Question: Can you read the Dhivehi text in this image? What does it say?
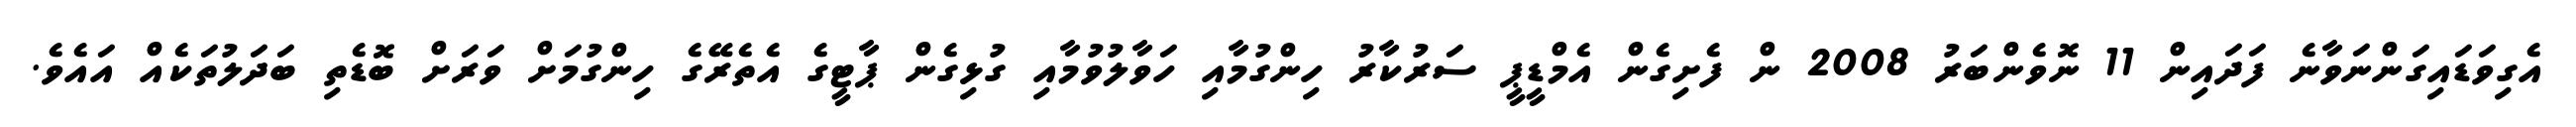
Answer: އެގިވަޑައިގަންނަވާނެ ފަދައިން 11 ނޮވެންބަރު 2008 ން ފެށިގެން އެމްޑީޕީ ސަރުކާރު ހިންގުމާއި ހަވާލުވުމާއި ގުޅިގެން ޕާޓީގެ އެތެރޭގެ ހިންގުމަށް ވަރަށް ބޮޑެތި ބަދަލުތަކެއް އައެވެ.